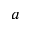
a